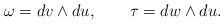
\begin{align*}\omega=dv \wedge du,\quad \quad \tau=dw \wedge du.\end{align*}